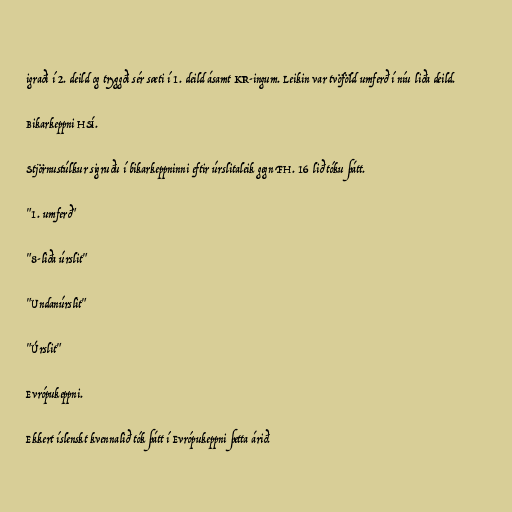
igraði í 2. deild og tryggði sér sæti í 1. deild ásamt KR-ingum. Leikin var tvöföld umferð í níu liða deild.

Bikarkeppni HSÍ.

Stjörnustúlkur sigruðu í bikarkeppninni eftir úrslitaleik gegn FH. 16 lið tóku þátt.

"1. umferð"

"8-liða úrslit"

"Undanúrslit"

"Úrslit"

Evrópukeppni.

Ekkert íslenskt kvennalið tók þátt í Evrópukeppni þetta árið.